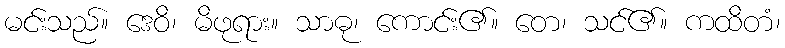
မင်းသည်။ ဒေဝိ၊ မိဖုရား။ သာဓု၊ ကောင်း၏။ တေ၊ သင်၏။ ကထိတံ၊